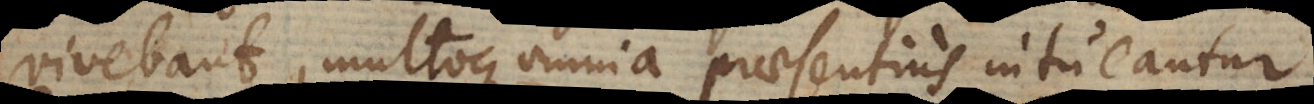
vivebant, multoque omnia praesentius intueantur